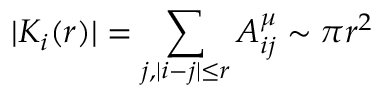
| K _ { i } ( r ) | = \sum _ { j , | i - j | \leq r } A _ { i j } ^ { \mu } \sim \pi r ^ { 2 }